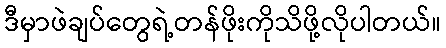
ဒီမှာဖဲချပ်တွေရဲ့တန်ဖိုးကိုသိဖို့လိုပါတယ်။